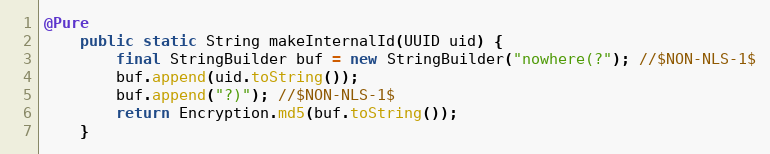
Language: Java
@Pure
	public static String makeInternalId(UUID uid) {
		final StringBuilder buf = new StringBuilder("nowhere(?"); //$NON-NLS-1$
		buf.append(uid.toString());
		buf.append("?)"); //$NON-NLS-1$
		return Encryption.md5(buf.toString());
	}